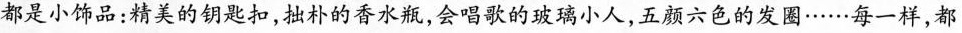
都是小饰品:精美的钥匙扣,拙朴的香水瓶,会唱歌的玻璃小人,五颜六色的发圈······每一样,都